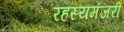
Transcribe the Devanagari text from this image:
रहस्यमंजरी